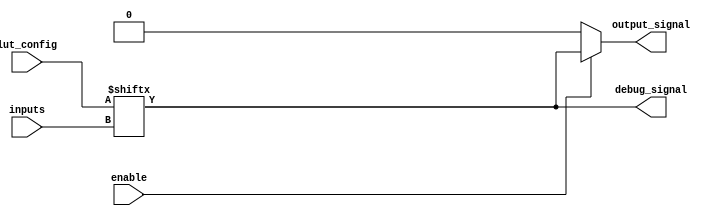
module combinational_logic_block #(
    parameter NUM_INPUTS = 4,  // Number of inputs (example: 4)
    parameter LUT_SIZE = 16     // Size of the LUT (2^NUM_INPUTS)
)(
    input  wire [NUM_INPUTS-1:0]  inputs,       // Input lines
    input  wire [LUT_SIZE-1:0]     lut_config,   // LUT configuration
    input  wire                     enable,        // Enable signal
    output wire                     output_signal,  // Output signal
    output wire                     debug_signal    // Debugging signal
);

    // Internal wire to hold LUT output
    wire [LUT_SIZE-1:0] lut_output;

    // Generate the LUT output based on the inputs and configuration
    assign lut_output = lut_config[inputs];

    // Enable logic: if enable is high, output the LUT output; otherwise, output 0
    assign output_signal = enable ? lut_output : 1'b0;

    // Debugging signal could be the raw LUT output for monitoring
    assign debug_signal = lut_output;

endmodule